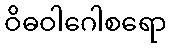
ဝိဓဝါဂေါစရော